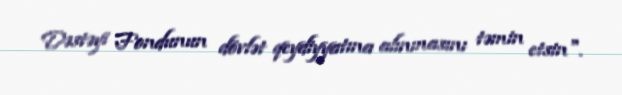
Dəstəyi Fondunun dövlət qeydiyyatına alınmasını təmin etsin".